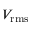
V _ { \mathrm { r m s } }